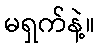
မရှက်နဲ့။